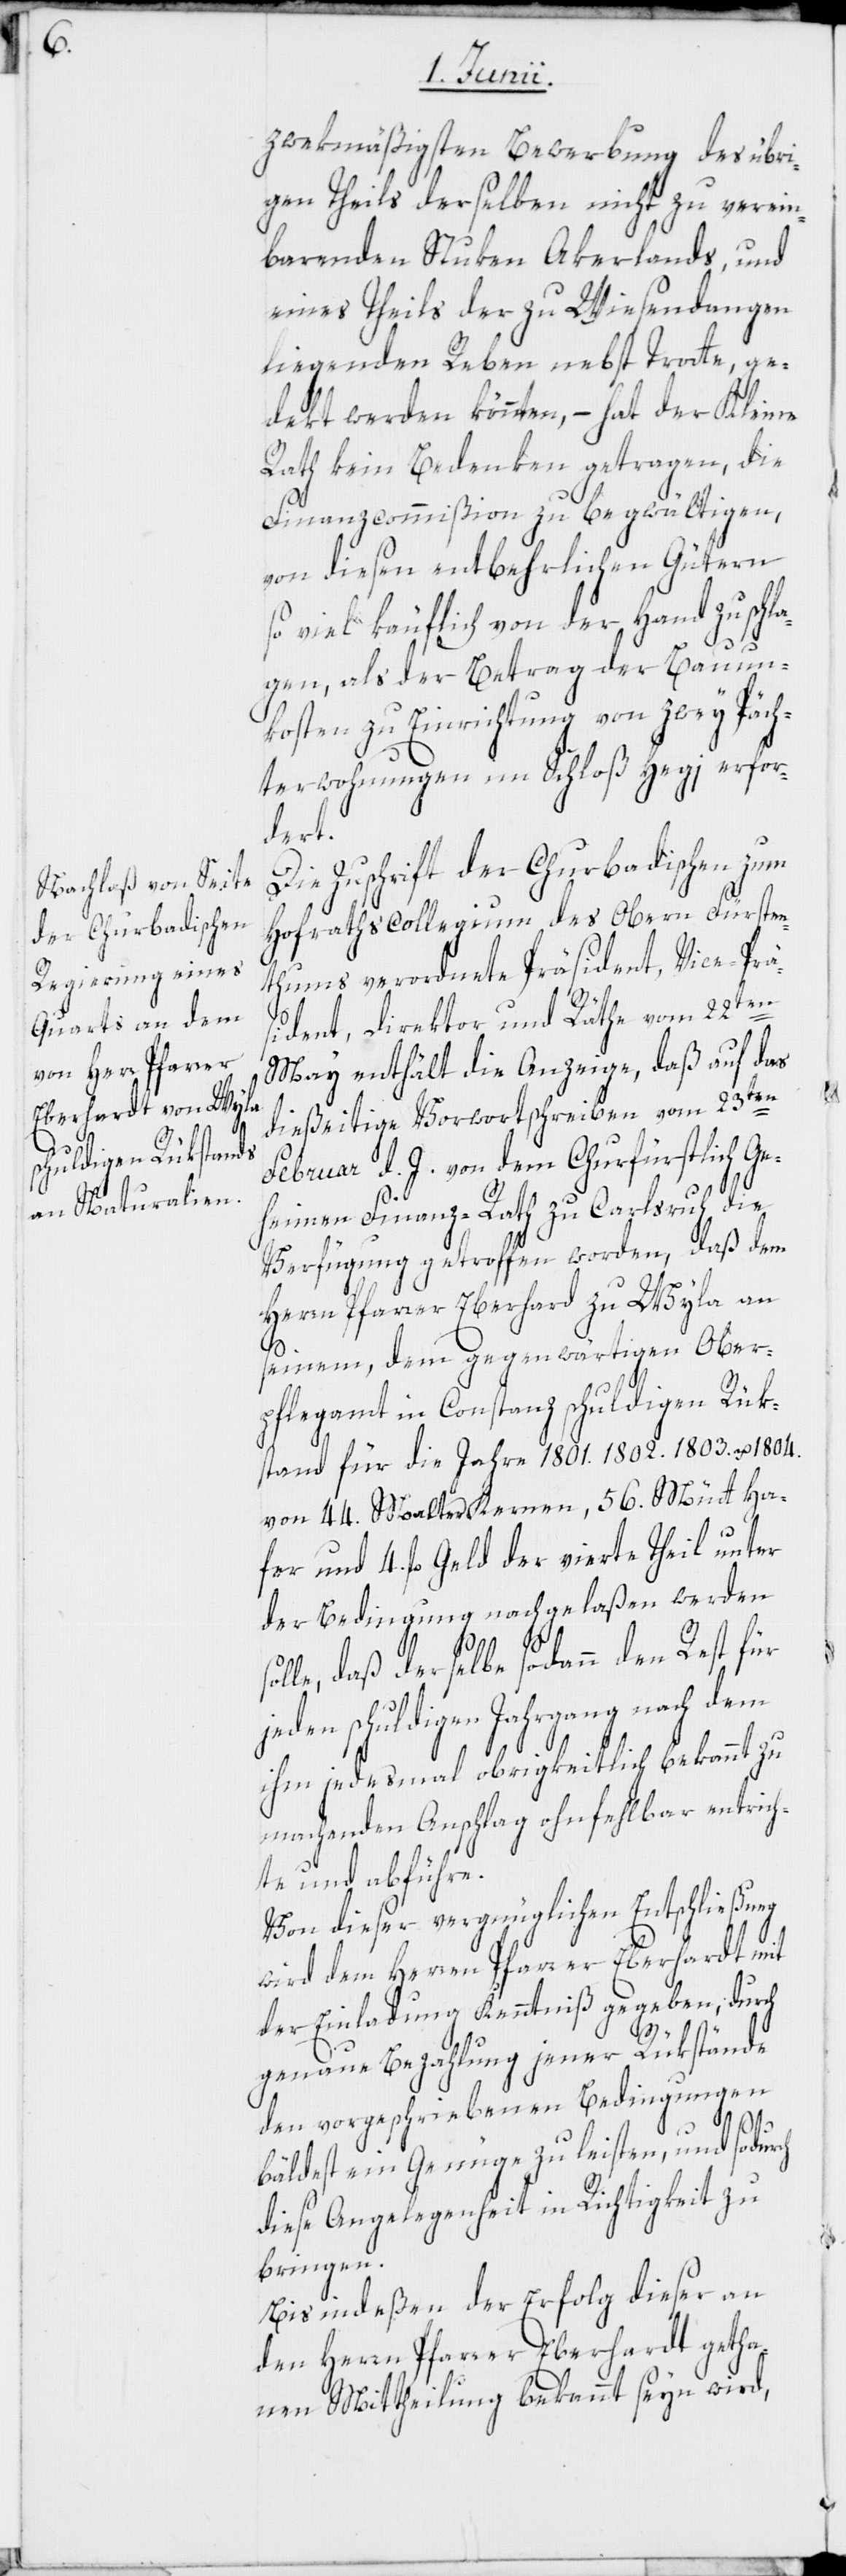
zwekmäßigsten Bewerbung des übri¬
gen Theils derselben nicht zu verein¬
barenden Stuken Akerlands, und
eines Theils der zu Wiesendangen
liegenden Reben nebst Trotte, ge¬
dekt werden könnten, – hat der Kleine
Rath kein Bedenken getragen, die
Finanzcommißion zu begwältigen,
von diesen entbehrlichen Gütern
so viel käuflich von der Hand zu schla¬
gen, als der Betrag der Bauun¬
kosten zu Einrichtung von zwey Päch¬
terwohnungen im Schloß Hegi erfor¬
dert.
Die Zuschrift der Churbadischen zum
Hofrathscollegium des Obern Fürsten¬
thums verordnete Präsident, Vice-Prä¬
sident, Direktor und Räthe vom 22ten
May enthält die Anzeige, daß auf das
dießeitige Vorwortschreiben vom 23ten
Februar d. J. von dem Churfürstlich Ge¬
heimen Finanz-Rath zu Carlsruh die
Verfügung getroffen worden, daß dem
Herrn Pfarrer Eberhard [sic!] zu Wyla an
seinem, dem gegenwärtigen Ober¬
pflegamt in Constanz schuldigen Rük¬
stand für die Jahre 1801. 1802. 1803. u. 1804.
von 44. Malter Kernen, 56. Mütt Ha¬
fer und 4. fl. Geld der vierte Theil unter
der Bedingung nachgelaßen werden
solle, daß derselbe sodann den Rest für
jeden schuldigen Jahrgang nach dem
ihm jedesmal obrigkeitlich bekannt zu
machenden Anschlag ohnfehlbar entrich¬
te und abführe.
Von dieser vergnüglichen Entschließung
wird dem Herren Pfarrer Eberhardt mit
der Einladung Kenntniß gegeben, durch
genaue Bezahlung jener Rükstände
den vorgeschriebenen Bedingungen
bäldest ein Genüge zu leisten, und sodurch
diese Angelegenheit in Richtigkeit zu
bringen.
Bis indeßen der Erfolg dieser an
den Herrn Pfarrer Eberhardt getha¬
nen Mittheilung bekannt seyn wird,